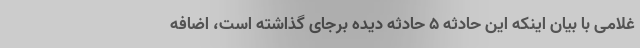
غلامی با بیان اینکه این حادثه ۵ حادثه دیده برجای گذاشته است، اضافه